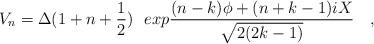
LaTeX: \begin{align*}V_n = \Delta(1+n+{1\over2})~~ exp {{(n-k)\phi + (n+k-1)iX} \over{\sqrt{2(2k-1)}}}\quad,\end{align*}